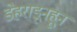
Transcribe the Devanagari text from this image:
डेहराडूनहून